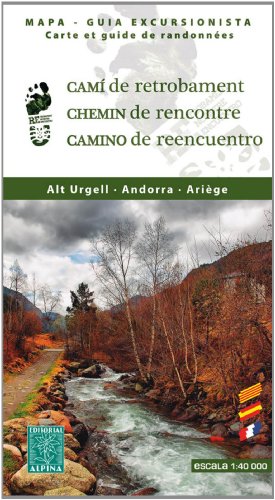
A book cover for Cami de Reencuentro - Alt Urgell - Andorra - Ariege 2014: ALPI.032; Travel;